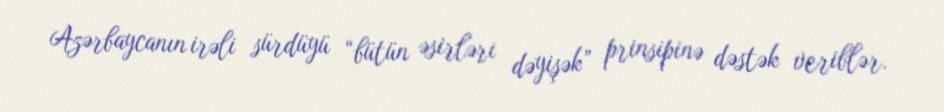
Azərbaycanın irəli sürdüyü “bütün əsirləri dəyişək” prinsipinə dəstək veriblər.